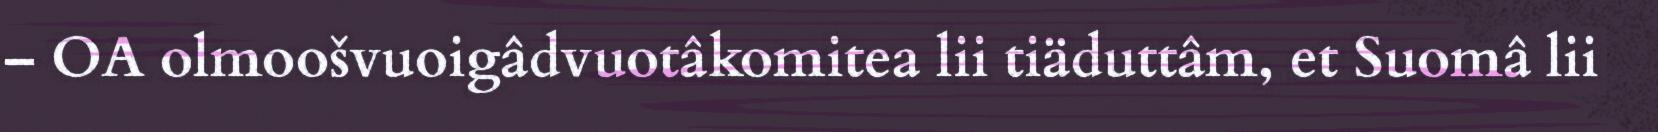
– OA olmoošvuoigâdvuotâkomitea lii tiäduttâm, et Suomâ lii